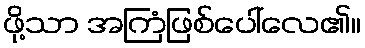
ဖို့သာ အကြံဖြစ်ပေါ်လေ၏။